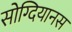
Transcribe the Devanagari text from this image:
सोग्दियानस